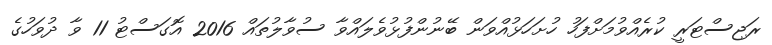
ރަޖިސްޓަރީ ކުރެއްވުމަށްފަހު ހުށަހަޅުއްވަން ބޭނުންފުޅުވެލައްވާ ސުވާލުތައް 2016 އޮގަސްޓު 11 ވާ ދުވަހުގެ